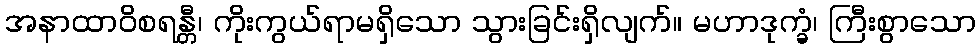
အနာထာဝိစရန္တီ၊ ကိုးကွယ်ရာမရှိသော သွားခြင်းရှိလျက်။ မဟာဒုက္ခံ၊ ကြီးစွာသော